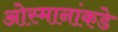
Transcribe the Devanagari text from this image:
ओस्मानांकडे